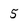
Character: 5